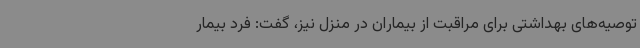
توصیه‌های بهداشتی برای مراقبت از بیماران در منزل نیز، گفت: فرد بیمار